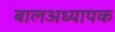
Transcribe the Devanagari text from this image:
बालअध्यापक